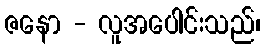
ဇနော - လူအပေါင်းသည်၊